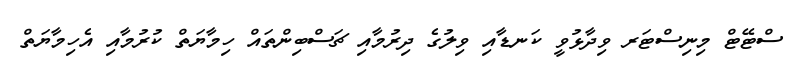
ސްޓޭޓް މިނިސްޓަރ ވިދާޅުވީ ކަނޑާއި ވިލުގެ ދިރުމާއި ޗަސްބިންތައް ހިމާޔަތް ކުރުމާއި އެހިމާޔަތް